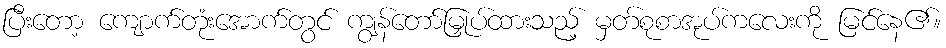
ပြီးတော့ ကျောက်တုံးအောက်တွင် ကျွန်တော်မြှုပ်ထားသည့် မှတ်စုစာအုပ်ကလေးကို မြင်နေ၏။